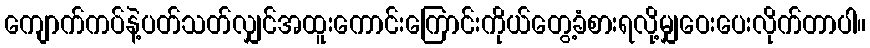
ကျောက်ကပ်နဲ့ပတ်သတ်လျှင်အထူးကောင်းကြောင်းကိုယ်တွေ့ခံစားရလို့မျှဝေးပေးလိုက်တာပါ။